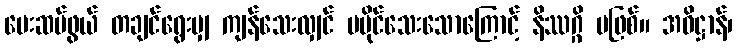
ပေးဆပ်ဖွယ် တချင်ရွေးမျှ ကျန်သေးလျှင် မပိုင်သေးသောကြောင့် နိဿဂ္ဂိ မဖြစ်။ အဓိဋ္ဌာန်၊